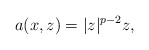
\begin{align*}a(x,z)=|z|^{p-2}z,\end{align*}